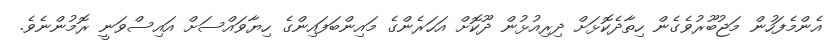
އެންމެފަހުން މަޖުބޫރުވެގެން ހިތާދެކޮޅަށް ދިރިއުޅުން ދޫކޮށް އަހަރެންގެ މައިންބަފައިންގެ ހިޔާވައްސަށް އައިސްވަނީ ރޮމުންނެވެ.